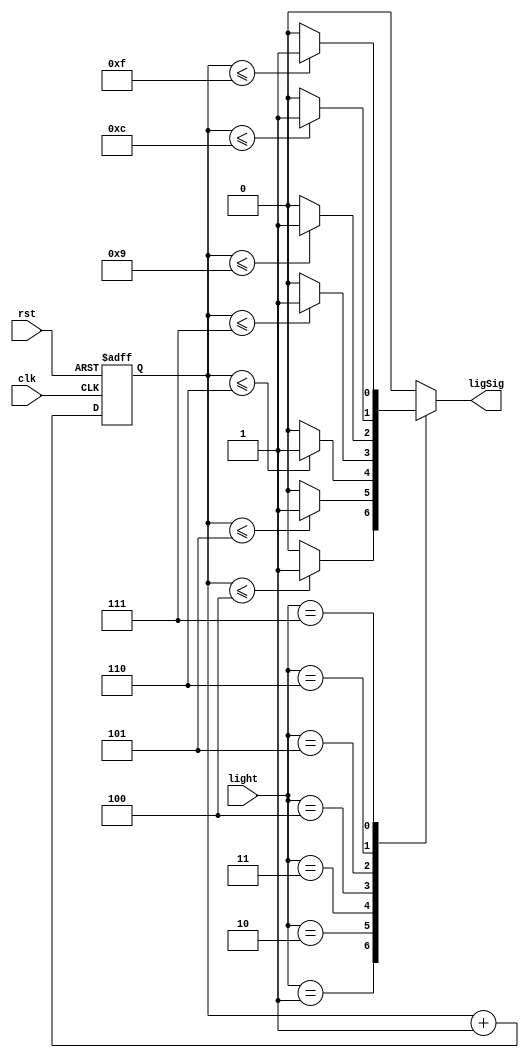

module display_lightRegulator(
	input clk,
	input rst,
	
	input[2:0] light,
	
	output reg ligSig
);

reg[4:0] f_tim;
reg[4:0] n_tim;

always@(posedge clk or posedge rst)
	if(rst) f_tim <= 0;
	else f_tim <= n_tim;

always@(*)begin
	n_tim = f_tim + 1;
	ligSig = 0;
	
	case(light)
		1: if(f_tim <= 4) ligSig = 1;
		2: if(f_tim <= 5) ligSig = 1;
		3: if(f_tim <= 6) ligSig = 1;
		4: if(f_tim <= 7) ligSig = 1;
		5: if(f_tim <= 9) ligSig = 1;
		6: if(f_tim <= 12) ligSig = 1;
		7: if(f_tim <= 15) ligSig = 1;
		default:;
	endcase
	
end

endmodule

module display_outBuffer(
	input clk,
	input rst,
	
	input[7:0] inSegment,
	input[3:0] inSelect,
	
	output reg[7:0] segment,
	output reg[3:0] select
);

always@(posedge clk or posedge rst)
	if(rst) begin
		segment <= 0;
		select <= 0;	
	end
	else begin
		segment <= ~inSegment;
		select <= ~inSelect;
	end
	
endmodule


module display_displayMultiplex(
	input clk,
	input rst,
	
	input freq,
	
	input[7:0] segment1,
	input[7:0] segment2,
	input[7:0] segment3,
	input[7:0] segment4,
	
	output reg[3:0] select,
	output reg[7:0] seg
);

localparam LEN = 2;

reg[3:0] f_select;
reg[7:0] f_segment;

reg[LEN - 1:0] f_tim;
reg[LEN - 1:0] n_tim;

always@(posedge clk or posedge rst)begin
	if(rst) begin
		f_tim <= 0;
		f_segment <= 0;
		f_select <= 0;
		end
	else begin
		f_tim <= n_tim;
		f_segment <= seg;
		f_select <= select;
		end
end

always@(*)begin
	n_tim = f_tim;

	if(freq) n_tim = f_tim + 1;

end

always@(*)begin
	seg = f_segment;
	
	case(f_tim)
		0: seg = segment1;
		1: seg = segment2;
		2: seg = segment3;
		3: seg = segment4;
	endcase
	
end

always@(*)begin

	select = f_select;
	
	case(f_tim)
		0: select = 4'b1000;
		1: select = 4'b0100;
		2: select = 4'b0010;
		3: select = 4'b0001;
		default:;
	endcase
end

endmodule

module display_frequencyGen #(
	parameter SPEED = 18
)(
	input clk,
	input rst,
	
	output reg freq
);

reg[SPEED - 1: 0] f_tim;
reg[SPEED - 1: 0] n_tim;

always@(posedge clk or posedge rst)
	if(rst) f_tim <= 0;
	else f_tim <= n_tim;

always@(*)begin
	n_tim = f_tim + 1;
	freq = 0;
	
	if(f_tim == 0) freq = 1;
	
end
endmodule